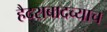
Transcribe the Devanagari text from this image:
हैदराबादच्याच